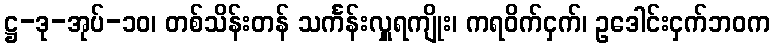
ဋ္ဌ-ဒု-အုပ်-၁၀၊ တစ်သိန်းတန် သင်္ကန်းလှူရကျိုး၊ ကရဝိက်ငှက်၊ ဥဒေါင်းငှက်ဘဝက